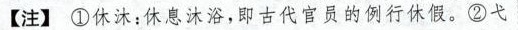
【注】①休沐：休息沐浴，即古代官员的例行休假。②弋